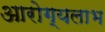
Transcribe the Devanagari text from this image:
आरोग्यलाभ